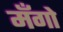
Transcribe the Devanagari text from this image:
मँगो